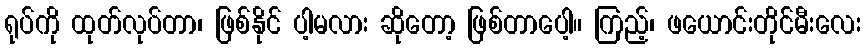
ရုပ်ကို ထုတ်လုပ်တာ၊ ဖြစ်နိုင် ပါ့မလား ဆိုတော့ ဖြစ်တာပေါ့။ ကြည့်၊ ဖယောင်းတိုင်မီးလေး